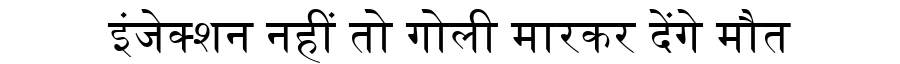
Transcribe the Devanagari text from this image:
इंजेक्शन नहीं तो गोली मारकर देंगे मौत